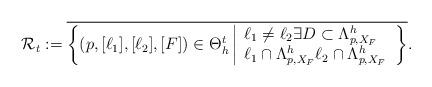
LaTeX: \begin{align*}\mathcal{R}_{t}:= \overline{\left\{ (p, [\ell_1], [\ell_2], [F])\in {\Theta}^t_{h} \left| \begin{array}{l}\ell_1\neq \ell_2 \exists D\subset \Lambda_{p,X_F}^h \\ \ell_1\cap \Lambda_{p,X_F}^h \ell_2\cap \Lambda_{p,X_F}^h\end{array}\right.\right\}}.\end{align*}